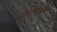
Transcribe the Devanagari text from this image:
डिसेबिलिटी